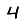
Digit: 4